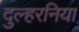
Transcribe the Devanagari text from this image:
दुल्हरनिया